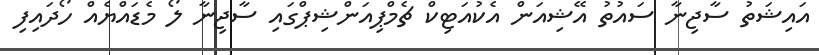
އައިޝަތު ސާޖިނާ ސައުތު އޭޝިއަން އެކުއަޓިކް ޗެމްޕިއަންޝިޕްގައި ސާޖިނާ ލޯ މެޑައްޔެއް ހޯދައިފި